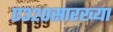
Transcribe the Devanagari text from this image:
ए३२०सारख्या